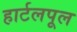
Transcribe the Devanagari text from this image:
हार्टलपूल